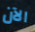
الآن